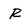
Character: R